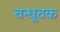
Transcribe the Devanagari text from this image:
बन्धूचक